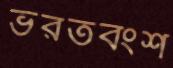
ভরতবংশ